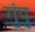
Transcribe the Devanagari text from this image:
गुंपु